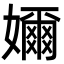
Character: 嬭